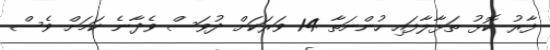
ފާރު ކޮޅު ތަޅާލާފައި ހުންނަތާ 14 ވަރަކަށް ދުވަސް ވެދާނެ ކަމަށް ވެސް